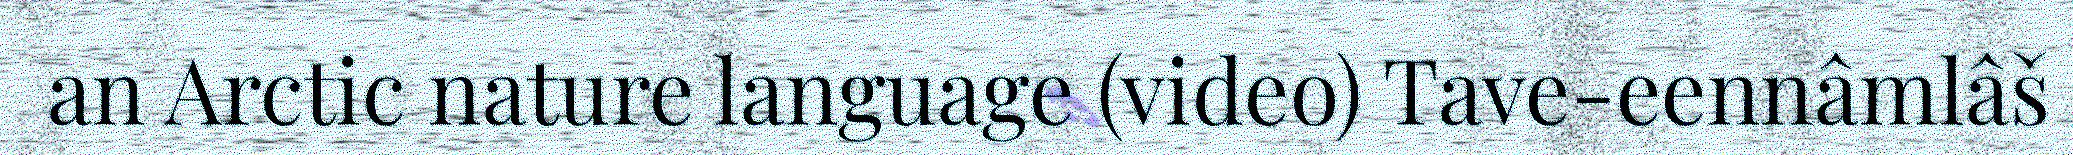
an Arctic nature language (video) Tave-eennâmlâš